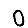
Digit: 0